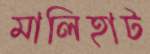
মালিহাট